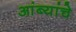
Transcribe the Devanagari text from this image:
आंब्यांचे